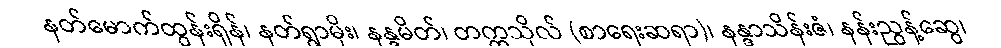
နတ်မောက်ထွန်းရှိန်၊ နတ်ရွာမိုး၊ နန္ဒမိတ်၊ တက္ကသိုလ် (စာရေးဆရာ)၊ နန္ဒာသိန်းဇံ၊ နန်းညွန့်ဆွေ၊